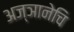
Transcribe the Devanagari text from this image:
अज्ञानेचि